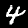
Digit: 4